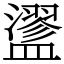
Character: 䀊